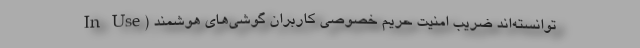
In Use) توانسته‌اند ضریب امنیت حریم خصوصی کاربران گوشی‌های هوشمند